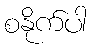
စနိုက်ပါ